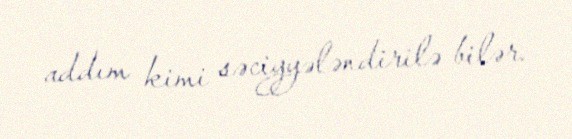
addım kimi səciyyələndirilə bilər.